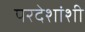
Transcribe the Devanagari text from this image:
परदेशांशी